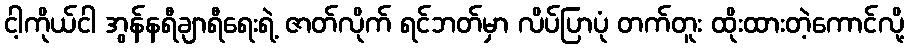
ငါ့ကိုယ်ငါ အွန်နရီချာရီရေးရဲ့ ဇာတ်လိုက် ရင်ဘတ်မှာ လိပ်ပြာပုံ တက်တူး ထိုးထားတဲ့ကောင်လို့